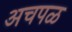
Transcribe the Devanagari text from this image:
अचपळ